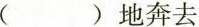
( )地奔去